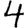
Digit: 4